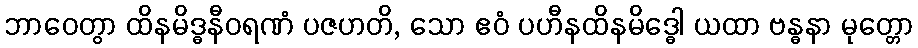
ဘာဝေတွာ ထိနမိဒ္ဓနီဝရဏံ ပဇဟတိ, သော ဧဝံ ပဟီနထိနမိဒ္ဓေါ ယထာ ဗန္ဓနာ မုတ္တော